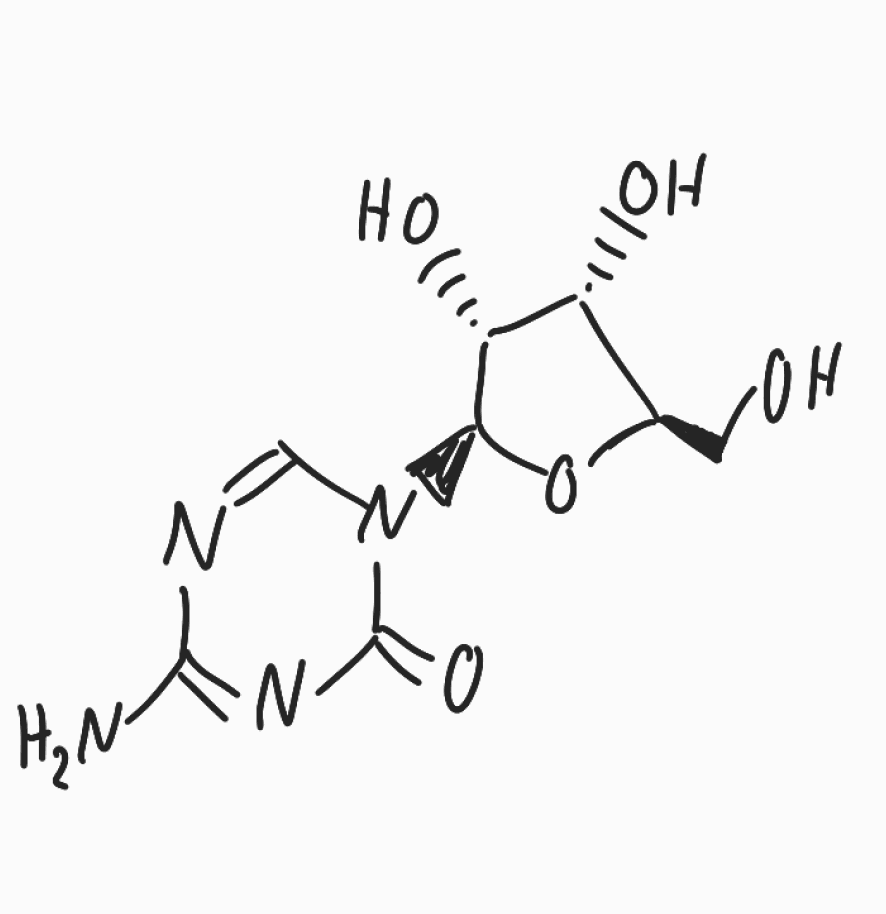
Simplified molecular-input line-entry system (SMILES) notation of the given molecule:
C1=NC(=NC(=O)N1[C@H]2[C@@H]([C@@H]([C@H](O2)CO)O)O)N